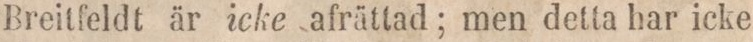
Breitfeldt är icke afrättad; men detta har icke